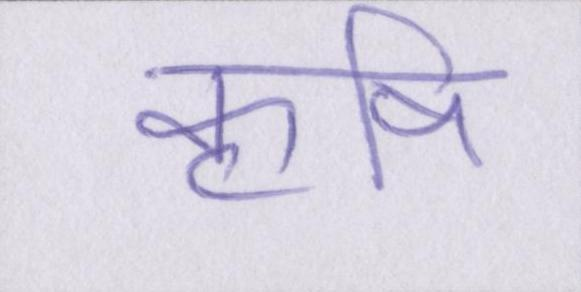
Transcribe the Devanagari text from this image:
कॄषि